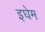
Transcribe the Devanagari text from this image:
इघेम